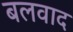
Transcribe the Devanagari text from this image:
बलवाद